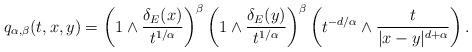
LaTeX: \begin{align*}q_{\alpha, \beta}(t, x, y)=\left(1\wedge\frac{\delta_E(x)}{t^{1/\alpha}}\right)^\beta\left(1\wedge\frac{\delta_E(y)}{t^{1/\alpha}}\right)^\beta\left(t^{-d/\alpha}\wedge\frac{t}{|x-y|^{d+\alpha}}\right).\end{align*}